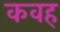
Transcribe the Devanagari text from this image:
कवह